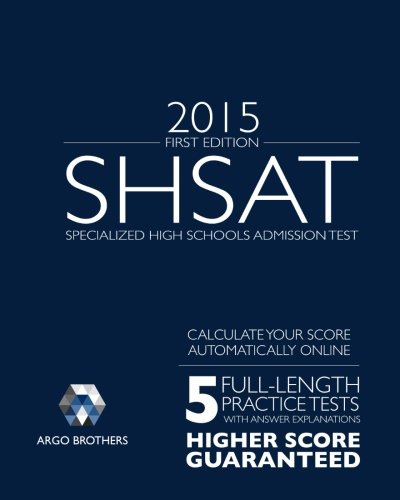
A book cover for SHSAT First Edition: Test Prep; Anayet Chowdhury; Test Preparation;